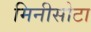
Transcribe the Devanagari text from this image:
मिनीसोटा